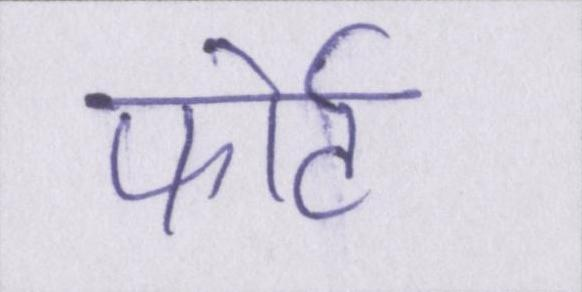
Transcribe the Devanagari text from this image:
फोर्ट